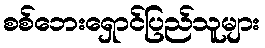
စစ်ဘေးရှောင်ပြည်သူများ